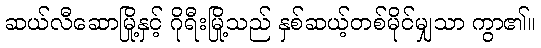
ဆယ်လီဆောမြို့နှင့် ဂိုရီးမြို့သည် နှစ်ဆယ့်တစ်မိုင်မျှသာ ကွာ၏။